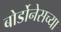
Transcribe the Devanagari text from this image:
बोर्डोनेसच्या